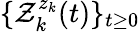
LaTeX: \{ \mathcal{Z}_{k}^{z_{k}}(t)\} _{t\geq 0}